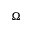
\Omega